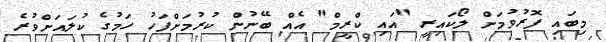
މިބައި ފޮރުވުމަށް ލޯކައިރީ "އައި ކްރީމް" އެއް ބޭނުން ކުރުމަށްފަހު ހަމުގެ ކުލައަށްވުރެ